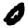
Digit: 0